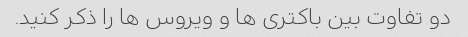
دو تفاوت بین باکتری ها و ویروس ها را ذکر کنید.